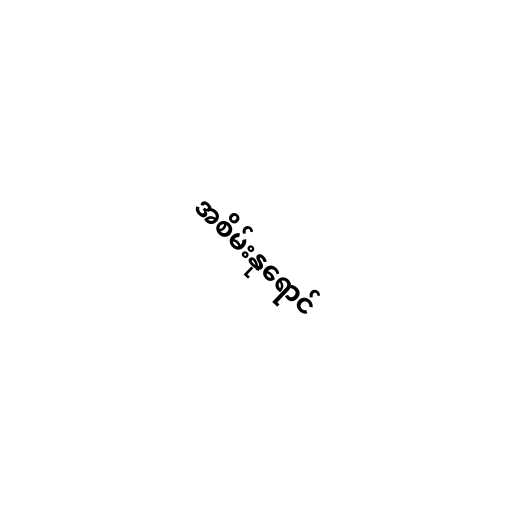
အစိမ်းနုရောင်